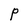
Character: P